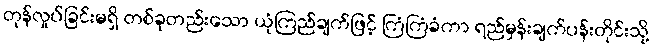
တုန်လှုပ်ခြင်းမရှိ တစ်ခုတည်းသော ယုံကြည်ချက်ဖြင့် ကြံကြံခံကာ ရည်မှန်းချက်ပန်းတိုင်းသို့